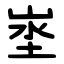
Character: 埊